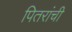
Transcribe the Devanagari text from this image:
पितरांची